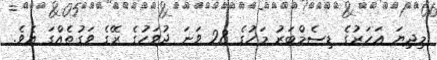
މިދިޔަ އަހަރުގެ ޑިސެމްބަރު މަހުގެ 28 ވަނަ ދުވަހުގެ ރޭގެ ވަގުތެއްގަ އެވެ.